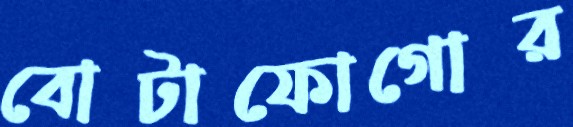
বোটাফোগোর